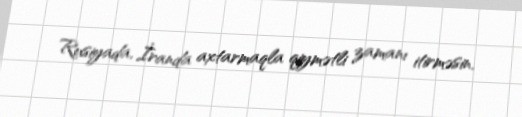
Rusiyada, İranda axtarmaqla qiymətli zamanı itirməsin.